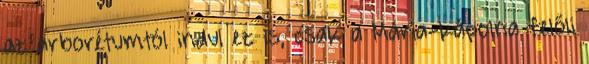
az arborétumtól indul ez is, csak a Mária-kápolna felőli